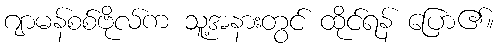
ဂျာမန်စစ်ဗိုလ်က သူ့အနားတွင် ထိုင်ရန် ပြော၏။